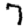
Digit: 7